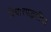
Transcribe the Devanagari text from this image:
विचारपद्धतींचा